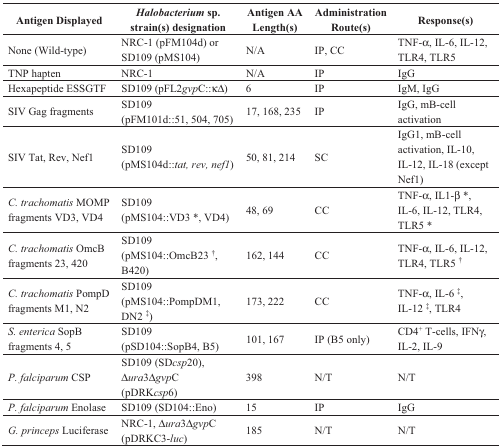
<table><thead><tr><td><b>Antigen Displayed</b></td><td><b><i>Halobacterium</i> sp. strain(s) designation</b></td><td><b>Antigen AA Length(s)</b></td><td><b>Administration Route(s)</b></td><td><b>Response(s)</b></td></tr></thead><tbody><tr><td>None (Wild-type)</td><td>NRC-1 (pFM104d) or SD109 (pMS104)</td><td>N/A</td><td>IP, CC</td><td>TNF-α, IL-6, IL-12, TLR4, TLR5</td></tr><tr><td>TNP hapten</td><td>NRC-1</td><td>N/A</td><td>IP</td><td>IgG</td></tr><tr><td>Hexapeptide ESSGTF</td><td>SD109 (pFL2<i>gvp</i>C::κΔ)</td><td>6</td><td>IP</td><td>IgM, IgG</td></tr><tr><td>SIV Gag fragments</td><td>SD109 (pFM101d::51, 504, 705)</td><td>17, 168, 235</td><td>IP</td><td>IgG, mB-cell activation</td></tr><tr><td>SIV Tat, Rev, Nef1</td><td>SD109 (pMS104d::<i>tat, rev, nef1</i>)</td><td>50, 81, 214</td><td>SC</td><td>IgG1, mB-cell activation, IL-10, IL-12, IL-18 (except Nef1)</td></tr><tr><td><i>C. trachomatis</i> MOMP fragments VD3, VD4</td><td>SD109 (pMS104::VD3 *, VD4)</td><td>48, 69</td><td>CC </td><td>TNF-α, IL1-β *, IL-6, IL-12, TLR4, TLR5 *</td></tr><tr><td><i>C. trachomatis</i> OmcB fragments 23, 420</td><td>SD109 (pMS104::OmcB23 <sup>†</sup>, B420)</td><td>162, 144</td><td>CC </td><td>TNF-α, IL-6, IL-12, TLR4, TLR5 <sup>†</sup></td></tr><tr><td><i>C. trachomatis</i> PompD fragments M1, N2</td><td>SD109 (pMS104::PompDM1, DN2 <sup>‡</sup>)</td><td>173, 222</td><td>CC </td><td>TNF-α, IL-6 <sup>‡</sup>, IL-12 <sup>‡</sup>, TLR4</td></tr><tr><td><i>S. enterica</i> SopB fragments 4, 5</td><td>SD109 (pSD104::SopB4, B5)</td><td>101, 167</td><td>IP (B5 only)</td><td>CD4<sup>+</sup> T-cells, IFNγ, IL-2, IL-9</td></tr><tr><td><i>P. falciparum</i> CSP</td><td>SD109 (SD<i>csp</i>20), Δ<i>ura</i>3Δ<i>gvp</i>C (pDRK<i>csp</i>6)</td><td>398</td><td>N/T</td><td>N/T</td></tr><tr><td><i>P. falciparum</i> Enolase</td><td>SD109 (SD104::Eno)</td><td>15</td><td>IP</td><td>IgG</td></tr><tr><td><i>G. princeps</i> Luciferase</td><td>NRC-1, Δ<i>ura</i>3Δ<i>gvp</i>C (pDRKC3-<i>luc</i>)</td><td>185</td><td>N/T</td><td>N/T</td></tr></tbody></table>